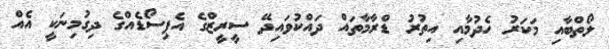
ލޯތްބާއި މަކަރު ހެދުމާއި އިތުރު ޑްރާމާތައް ދައްކުވައިދޭ ސީރީޒްގެ އެޕިސޯޑެއްގެ ދިގުމިނަކީ އެއް